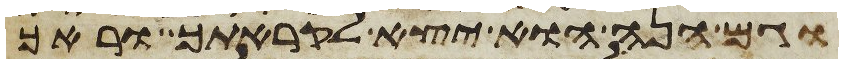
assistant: וגם הנה הוא יצא לקראתך וראך